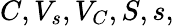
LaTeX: C,V_{s},V_{C},S,s,